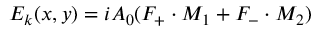
{ E _ { k } } ( x , y ) = i A _ { 0 } ( { F _ { + } } \cdot { M _ { 1 } } + { F _ { - } } \cdot { M _ { 2 } } )